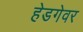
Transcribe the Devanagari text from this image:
हेडगेवर